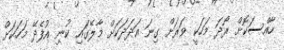
ހާއްސަކޮށް ރޯދަ މަހަކީ ވަރަށް ގިނަ އަދަދަކަށް މާލޭގައި ކުނި އުފެދޭ މަހަކަށް